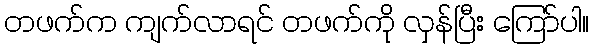
တဖက်က ကျက်လာရင် တဖက်ကို လှန်ပြီး ကြော်ပါ။